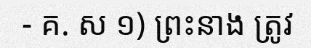
- គ. ស ១) ព្រះនាង ត្រូវ